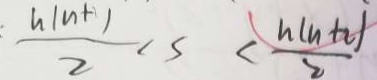
: \frac { h ( n + 1 ) } { 2 } < s < \frac { h ( n + i ) } { 2 }